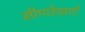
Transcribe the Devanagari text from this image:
सीमारेखाएँ